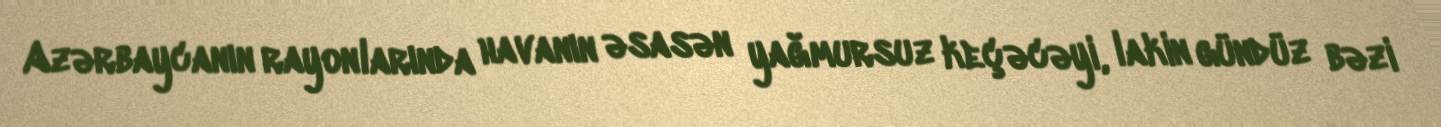
Azərbaycanın rayonlarında havanın əsasən yağmursuz keçəcəyi, lakin gündüz bəzi